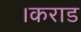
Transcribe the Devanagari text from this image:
।कराड